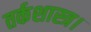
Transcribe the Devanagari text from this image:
तर्कशास्त्र।